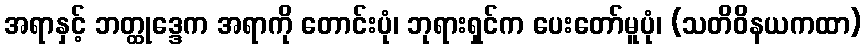
အရာနှင့် ဘတ္ထုဒ္ဒေက အရာကို တောင်းပုံ၊ ဘုရားရှင်က ပေးတော်မူပုံ၊ (သတိဝိနယကထာ)